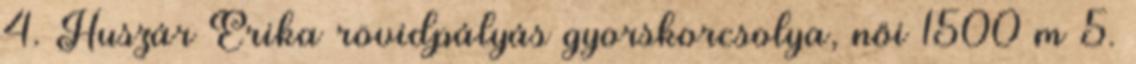
4. Huszár Erika rövidpályás gyorskorcsolya, női 1500 m 5.